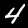
Label: 4